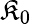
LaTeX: \mathfrak{K}_{0}